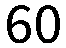
60